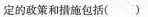
定的政策和措施包括()